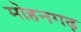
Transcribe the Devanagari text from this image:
मोहनगढ़